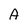
Character: A